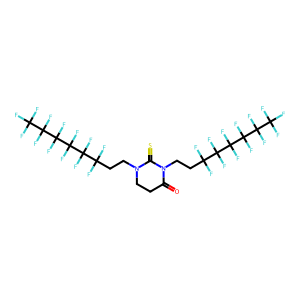
SMILES: O=C1CCN(CCC(F)(F)C(F)(F)C(F)(F)C(F)(F)C(F)(F)C(F)(F)F)C(=S)N1CCC(F)(F)C(F)(F)C(F)(F)C(F)(F)C(F)(F)C(F)(F)F
Inhibits HIV replication: No